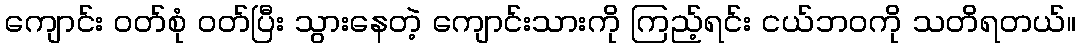
ကျောင်း ဝတ်စုံ ဝတ်ပြီး သွားနေတဲ့ ကျောင်းသားကို ကြည့်ရင်း ငယ်ဘဝကို သတိရတယ်။